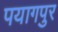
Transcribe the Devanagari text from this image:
पयागपुर